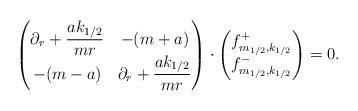
LaTeX: \begin{align*}\begin{pmatrix}\partial_r+\dfrac{ak_{1/2}}{m r} & -(m+a)\\-(m-a)& \partial_r+\dfrac{ak_{1/2}}{m r}\end{pmatrix}\cdot\begin{pmatrix}f^+_{m_{1/2},k_{1/2}}\\f^-_{m_{1/2},k_{1/2}}\end{pmatrix}=0.\end{align*}